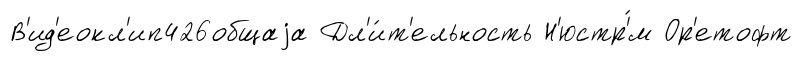
В'ид'еокл'ип426общаjа Дл'и́т'ельность Н'юстр'́м Ор'етофт